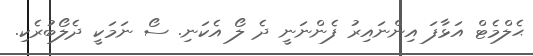
ޙެލްމެޓް އަޅާފަ އިންނައިރު ފެންނަނީ ދެ ލޯ އެކަނި. ސޯ ނަމަކީ ދެލޯބުރެކި.